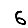
Digit: 6